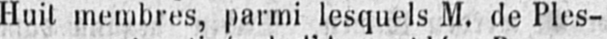
Huit membres, parmi lesquels M. de Ples-